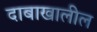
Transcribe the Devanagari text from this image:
दाबाखालील